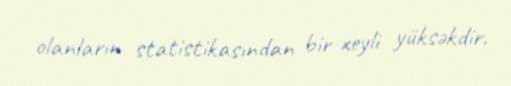
olanların statistikasından bir xeyli yüksəkdir.